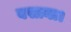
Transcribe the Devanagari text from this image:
बसाना।